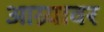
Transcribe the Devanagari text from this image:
आग्र्यावर